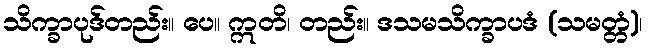
သိက္ခာပုဒ်တည်း။ ပေ။ ဣတိ၊ တည်း။ ဒသမသိက္ခာပဒံ (သမတ္တံ)၊